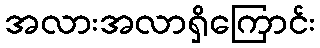
အလားအလာရှိကြောင်း